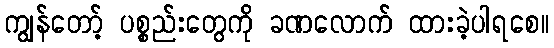
ကျွန်တော့် ပစ္စည်းတွေကို ခဏလောက် ထားခဲ့ပါရစေ။